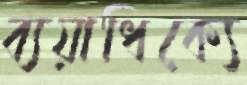
ব্যয়াধিক্যে